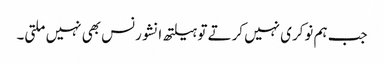
جب ہم نوکری نہیں کرتے تو ہیلتھ انشورنس بھی نہیں‌ملتی۔